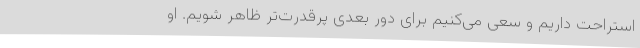
استراحت داریم و سعی می‌کنیم برای دور بعدی پرقدرت‌تر ظاهر شویم. او